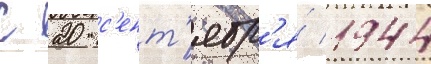
С 20 с'ент'ябр'я́ 1944